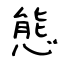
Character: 態